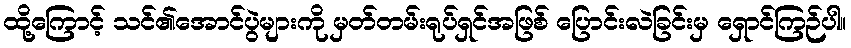
ထို့ကြောင့် သင်၏အောင်ပွဲများကို မှတ်တမ်းရုပ်ရှင်အဖြစ် ပြောင်းလဲခြင်းမှ ရှောင်ကြဉ်ပါ။